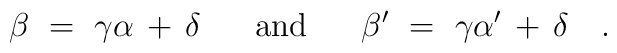
\beta~=~\gamma\alpha \, + \, \delta~~~~~\mbox{and}~~~~~   \beta'~=~\gamma\alpha' \, + \, \delta~~~.